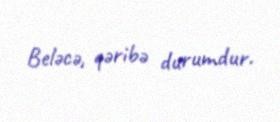
Beləcə, qəribə durumdur.